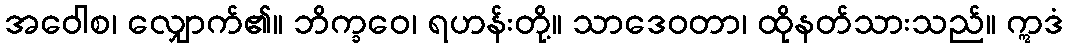
အဝေါစ၊ လျှောက်၏။ ဘိက္ခဝေ၊ ရဟန်းတို့။ သာဒေဝတာ၊ ထိုနတ်သားသည်။ ဣဒံ